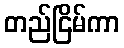
တည်ငြိမ်ကာ